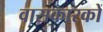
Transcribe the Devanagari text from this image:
वासकारकों